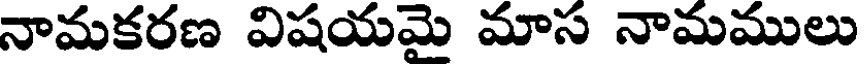
నామకరణ విషయమై మాస నామములు